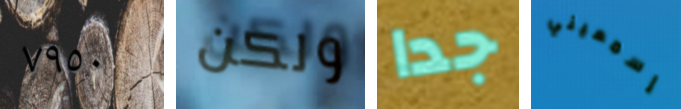
٧٩٥٠ ولكن جدا إسمعيني